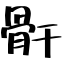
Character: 骭